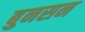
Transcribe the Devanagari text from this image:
बुनसन